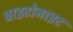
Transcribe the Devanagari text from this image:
बाइटोनाइट